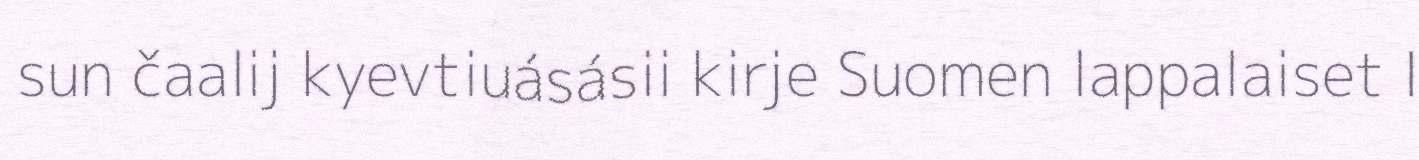
sun čaalij kyevtiuásásii kirje Suomen lappalaiset I